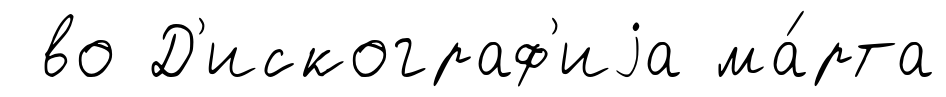
во Д'искограф'иjа ма́рта